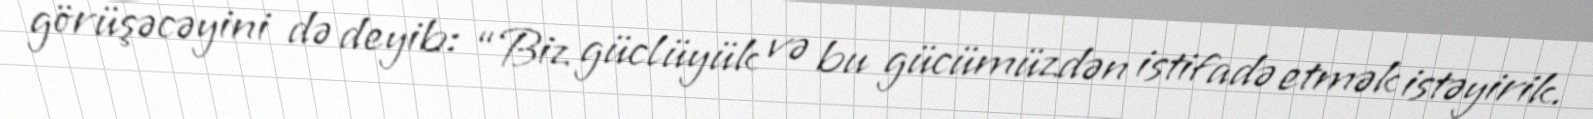
görüşəcəyini də deyib: “Biz güclüyük və bu gücümüzdən istifadə etmək istəyirik.